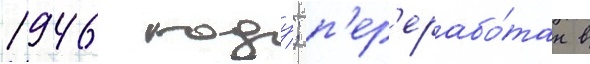
1946 году; п'ер'ерабо́тан в